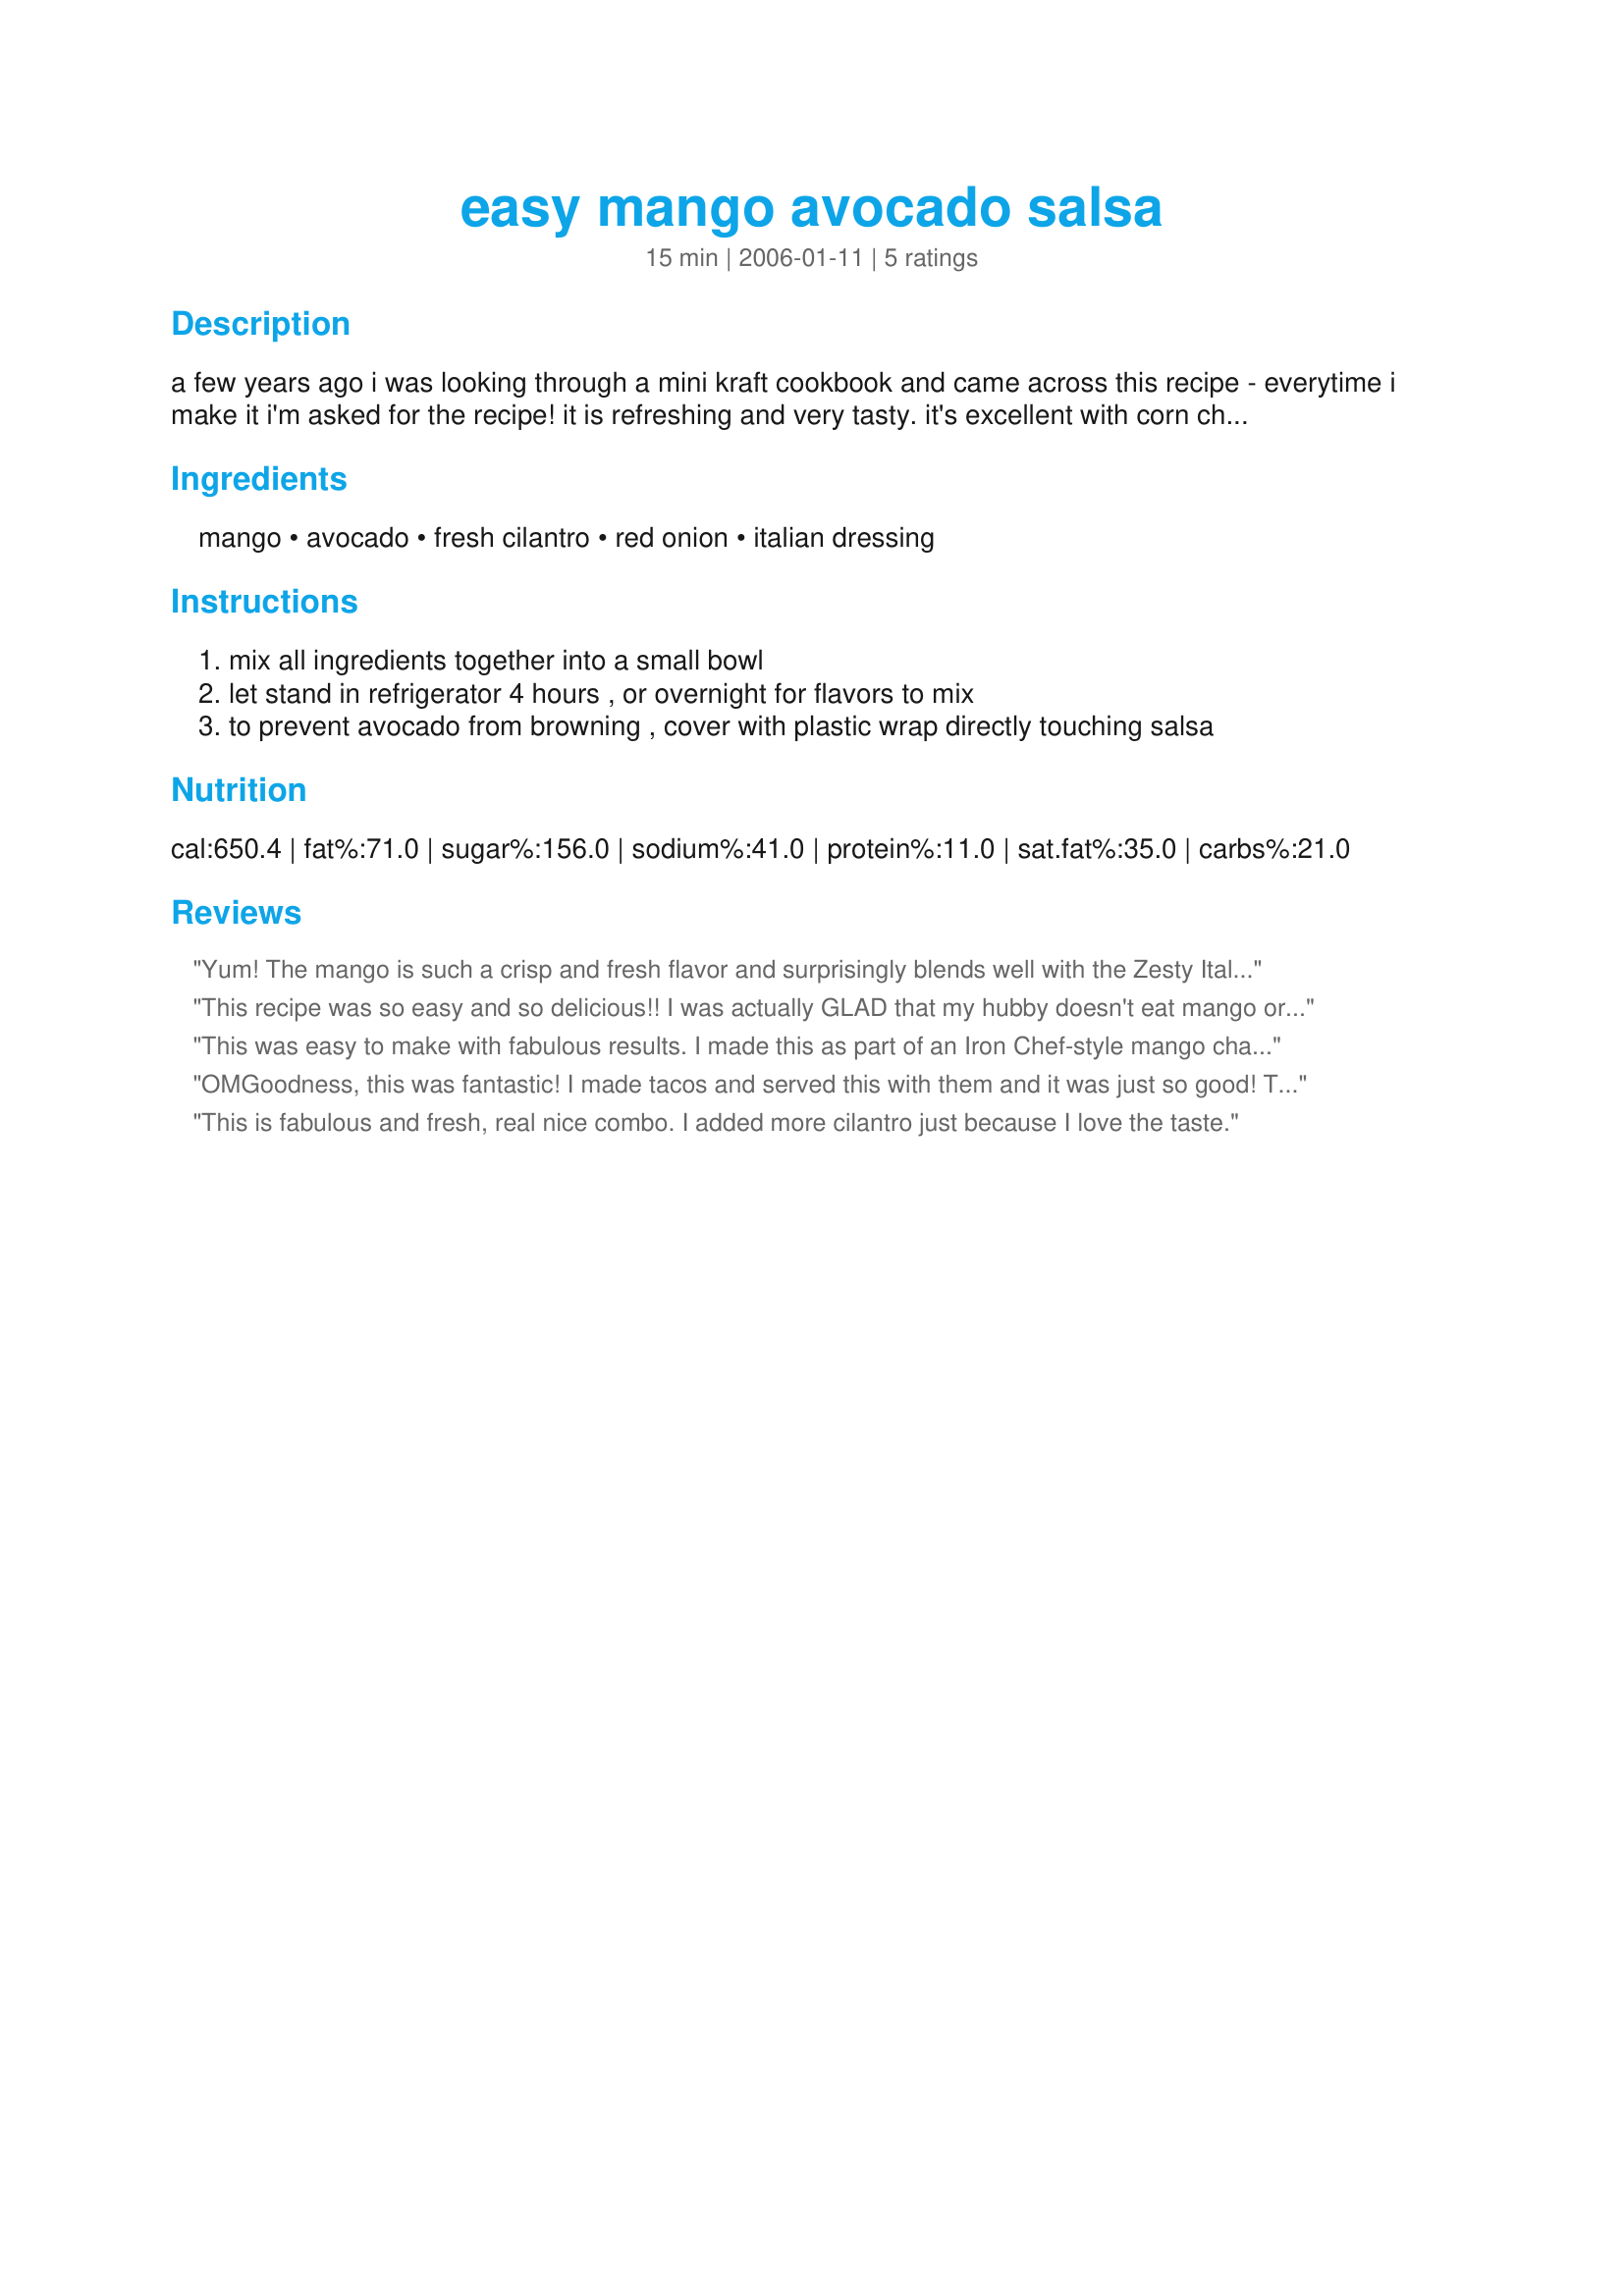
easy mango avocado salsa
Preparation time: 15 minutes

a few years ago i was looking through a mini kraft cookbook and came across this recipe - everytime i make it i'm asked for the recipe!
it is refreshing and very tasty. it's excellent with corn chips, but i think it would go nicely on some grilled chicken or fish, too.

Ingredients:
mango, avocado, fresh cilantro, red onion, italian dressing

Steps:
mix all ingredients together into a small bowl
let stand in refrigerator 4 hours , or overnight for flavors to mix
to prevent avocado from browning , cover with plastic wrap directly touching salsa

Reviews:
Yum! The mango is such a crisp and fresh flavor and surprisingly blends well with the Zesty Italian dressing that I used. I ate the entire bowl as a lunch/snack by myself. :shock: It is that good. :)
This recipe was so easy and so delicious!! I was actually GLAD that my hubby doesn't eat mango or avocado because I wanted this all to myself! I didn't add the cilantro because I don't like it and it was still wonderful. I served this as a side to a Caribbean Chicken Stew and it was a wonderful compliment. I can't wait to get my hands on some tortillas and eat it as an actual salsa. I think the only thing I will add next time I make it is a pinch of course ground salt just 'cause I like it : )
This was easy to make with fabulous results. I made this as part of an Iron Chef-style mango challenge dinner party & this was a great starter. Thanks Rachie for sharing this wonderful keeper.
OMGoodness, this was fantastic! I made tacos and served this with them and it was just so good! Thanks for a great recipe!!!
This is fabulous and fresh, real nice combo. I added more cilantro just because I love the taste.
